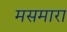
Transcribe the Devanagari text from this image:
मसमारा